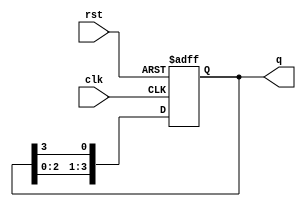
module ring_counter #(parameter N = 4) (
    input wire clk,        // Clock signal
    input wire rst,        // Reset signal
    output reg [N-1:0] q   // Output state of the ring counter
);

// Initialize the counter to a known state
initial begin
    q = 1'b1; // Set initial state to 100...0
end

// State transition logic
always @(posedge clk or posedge rst) begin
    if (rst) begin
        q <= 1'b1; // Reset to initial state
    end else begin
        q <= {q[N-2:0], q[N-1]}; // Shift left and wrap around
    end
end

endmodule